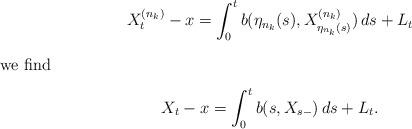
LaTeX: \begin{gather*}X_t^{(n_k)} -x = \int_0^t b(\eta_{n_k}(s),X_{\eta_{n_k}(s)}^{(n_k)}) \, ds + L_t\intertext{we find}X_t -x = \int_0^t b(s,X_{s-}) \,ds + L_t.\end{gather*}